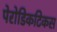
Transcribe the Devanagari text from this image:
पेरोडिकटिकस